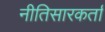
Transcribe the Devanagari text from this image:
नीतिसारकर्ता